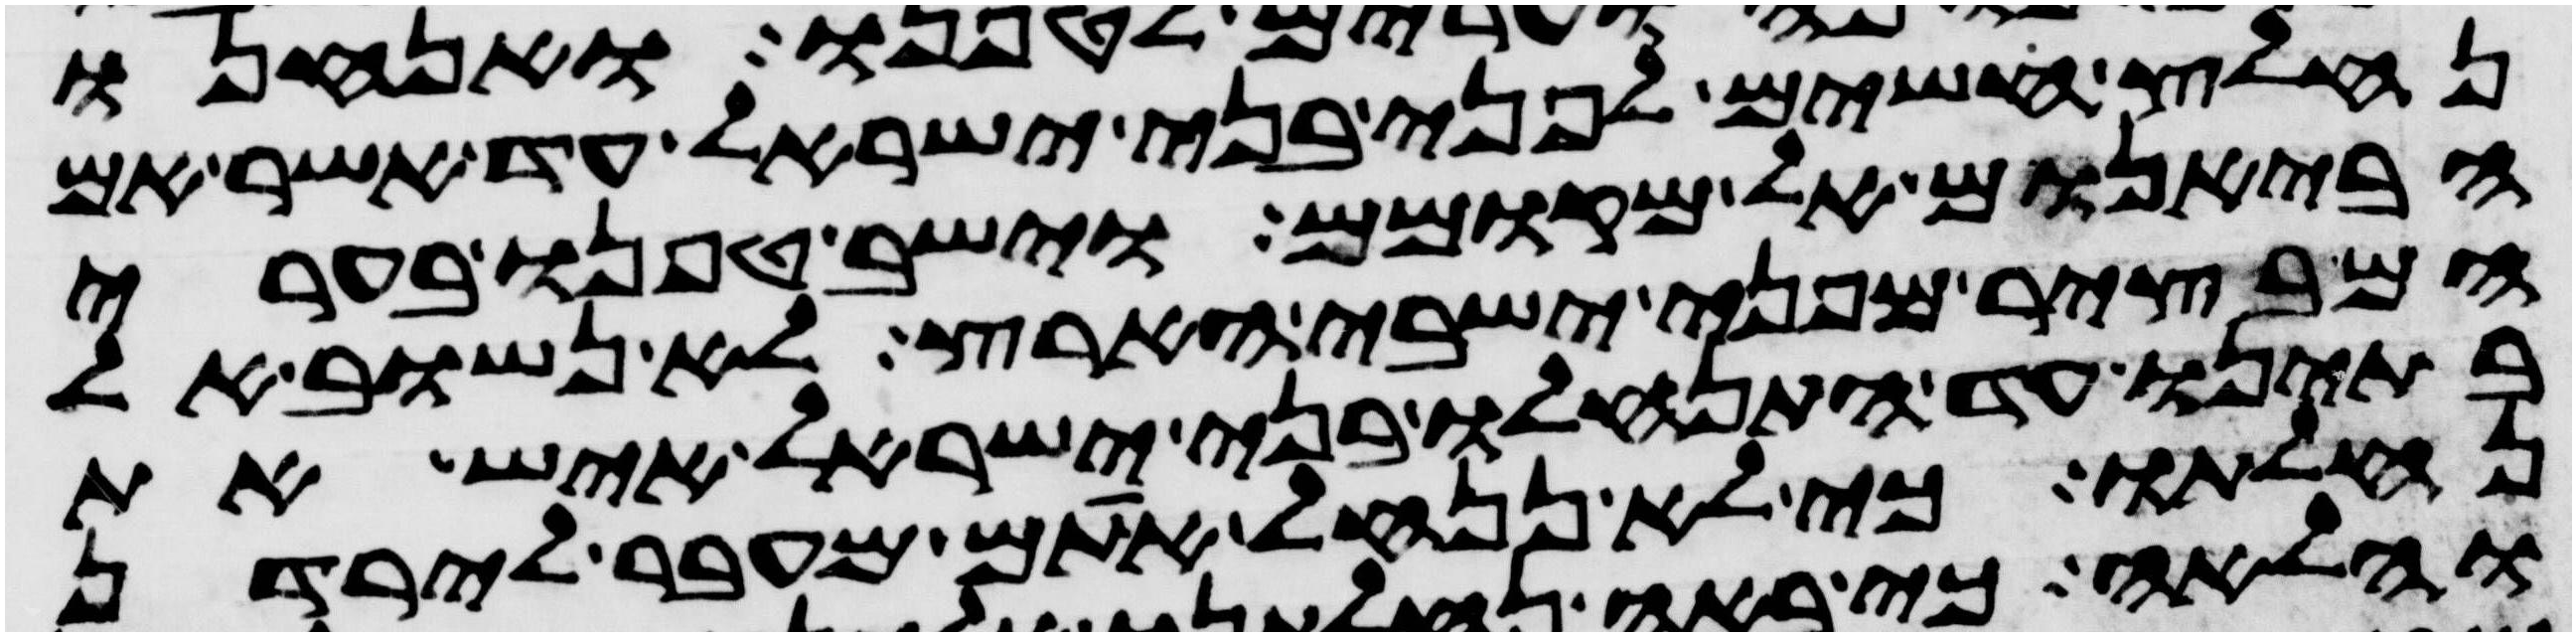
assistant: נחלץ חשים לפני בני ישראל עד אשר אם
הבאנום אל מקומם וישב טפנו בערי
המבצר מפני ישבי הארץ לא נשוב אל
בתינו עד התנחלו בני ישראל איש את
נחלתו כי לא ננחל אתם מעבר לירדן